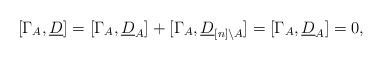
LaTeX: \begin{align*}[\Gamma_{A},\underline{D}]=[\Gamma_{A},\underline{D}_{A}]+[\Gamma_{A},\underline{D}_{[n]\setminus A}]=[\Gamma_{A},\underline{D}_{A}]=0,\end{align*}